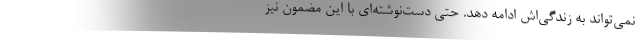
نمی‌تواند به زندگی‌اش ادامه دهد. حتی دست‌نوشته‌ای با این مضمون نیز